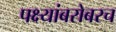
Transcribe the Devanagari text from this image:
पक्ष्यांबरोबरच